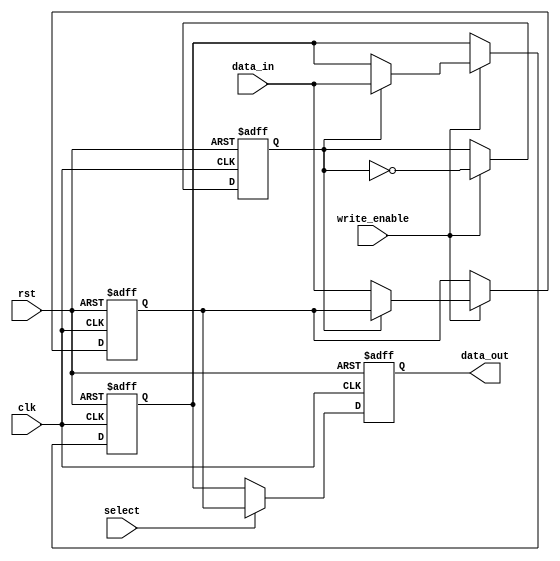
module double_buffer_register (
    input wire clk,
    input wire rst,
    input wire write_enable,
    input wire [7:0] data_in, // Assuming 8-bit data width for this example
    input wire select, // 0 for buffer0, 1 for buffer1
    output reg [7:0] data_out 
);

// Registers to hold the buffered data
reg [7:0] buffer0;
reg [7:0] buffer1;

// Internal signal to manage which buffer is being written to
reg current_buffer;

// Asynchronous reset and data writing
always @(posedge clk or posedge rst) begin
    if (rst) begin
        buffer0 <= 8'b0;
        buffer1 <= 8'b0;
        current_buffer <= 1'b0; // Initially select buffer0
        data_out <= 8'b0;
    end else begin
        // Handle the write operation
        if (write_enable) begin
            if (current_buffer == 1'b0) begin
                buffer1 <= data_in; // Write to buffer1 if buffer0 is selected
            end else begin
                buffer0 <= data_in; // Write to buffer0 if buffer1 is selected
            end
            // Toggle the current buffer
            current_buffer <= ~current_buffer;
        end
        // Handle the read operation
        if (select) begin
            data_out <= buffer1; // Read from buffer1
        end else begin
            data_out <= buffer0; // Read from buffer0
        end
    end
end

endmodule